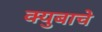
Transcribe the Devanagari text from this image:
क्युबाचे